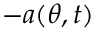
- a ( \theta , t )